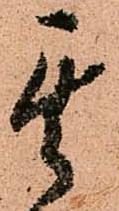
其